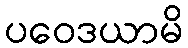
ပဝေဒယာမိ